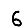
Digit: 6